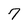
Character: 7